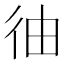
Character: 㣙